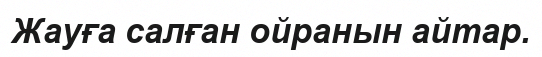
Жауға салған ойранын айтар.